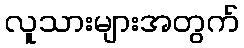
လူသားများအတွက်